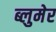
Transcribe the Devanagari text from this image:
ब्लुमेर